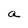
Character: a